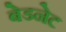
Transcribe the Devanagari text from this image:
बेडनेट